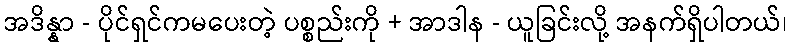
အဒိန္နာ - ပိုင်ရှင်ကမပေးတဲ့ ပစ္စည်းကို + အာဒါန - ယူခြင်းလို့ အနက်ရှိပါတယ်၊